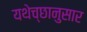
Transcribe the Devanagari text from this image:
यथेच्छानुसार